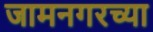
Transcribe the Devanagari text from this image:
जामनगरच्या